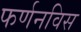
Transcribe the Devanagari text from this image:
फर्णनविस